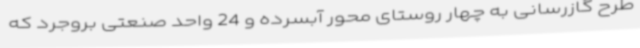
طرح گازرسانی به چهار روستای محور آبسرده و 24 واحد صنعتی بروجرد که